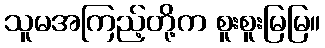
သူမအကြည့်တို့က စူးစူးမြမြ။